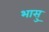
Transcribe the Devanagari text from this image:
भासु